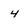
Character: 4